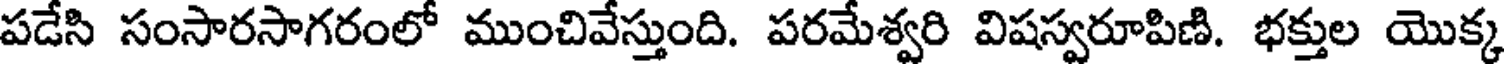
పడేసి సంసారసాగరంలో ముంచివేస్తుంది. పరమేశ్వరి విషస్వరూపిణి. భక్తుల యొక్క